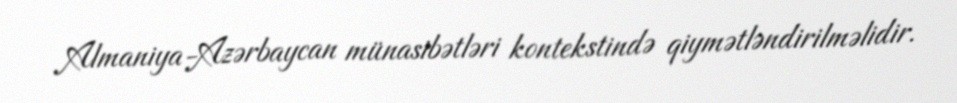
Almaniya-Azərbaycan münasibətləri kontekstində qiymətləndirilməlidir.